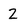
Character: 2